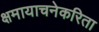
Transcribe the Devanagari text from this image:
क्षमायाचनेकरिता